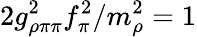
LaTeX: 2g_{\rho\pi\pi}^{2}f_{\pi}^{2}/m_{\rho}^{2}=1